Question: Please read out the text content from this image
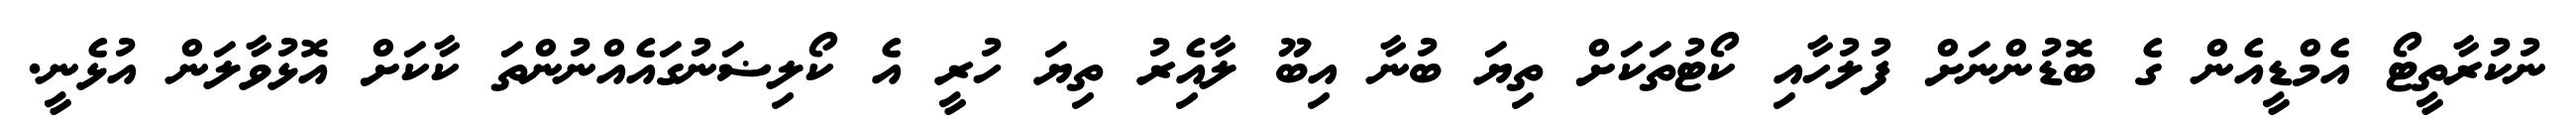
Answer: ނުކުރާތީޓޯ އެމްޑީއެން ގެ ބޮޑުންނަށް ފުލުހާއި ކޯޓުތަކަށް ތިޔަ ބުނާ އިބޫ ލާއެިރު ތިޔަ ހުރީ އެ ކޯލިޟަނުގައެއްނުންތަ ކާކަށް އޮޅުވާލަން އުޅެނީ.